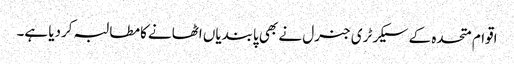
اقوام متحدہ کے سیکرٹری جنرل نے بھی پابندیاں اٹھانے کامطالبہ کردیا ہے۔